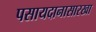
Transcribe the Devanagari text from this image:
पसायदानासारखा